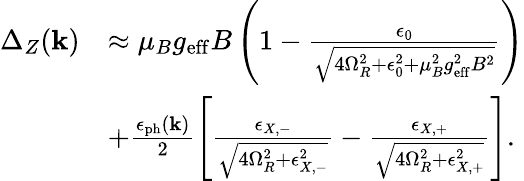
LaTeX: \begin{array}{rl}{\Delta_{Z}(\mathbf{k})}&{\approx\mu_{B}g_{\mathrm{eff}}B\left(1-\frac{\epsilon_{0}}{\sqrt{4\Omega_{R}^{2}+\epsilon_{0}^{2}+\mu_{B}^{2}g_{\mathrm{eff}}^{2}B^{2}}}\right)}\\ &{+\frac{\epsilon_{\mathrm{ph}}(\mathbf{k})}{2}\left[\frac{\epsilon_{X,-}}{\sqrt{4\Omega_{R}^{2}+\epsilon_{X,-}^{2}}}-\frac{\epsilon_{X,+}}{\sqrt{4\Omega_{R}^{2}+\epsilon_{X,+}^{2}}}\right].}\end{array}